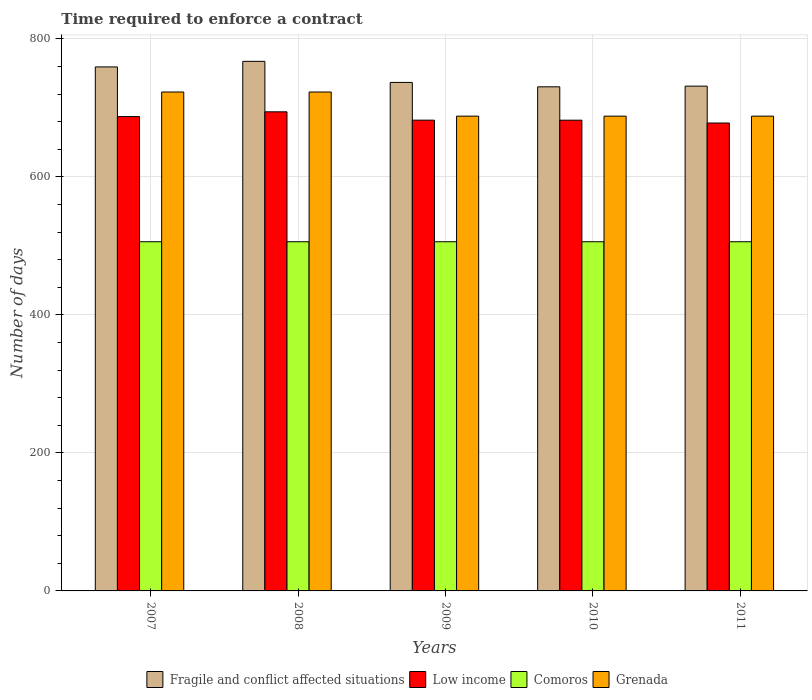
| Years | Fragile and conflict affected situations | Low income | Comoros | Grenada |
 | --- | --- | --- | --- | --- |
 | 2007 | 759 | 687 | 506 | 723 |
 | 2008 | 767 | 694 | 506 | 723 |
 | 2009 | 737 | 682 | 506 | 688 |
 | 2010 | 730 | 682 | 506 | 688 |
 | 2011 | 732 | 678 | 506 | 688 |